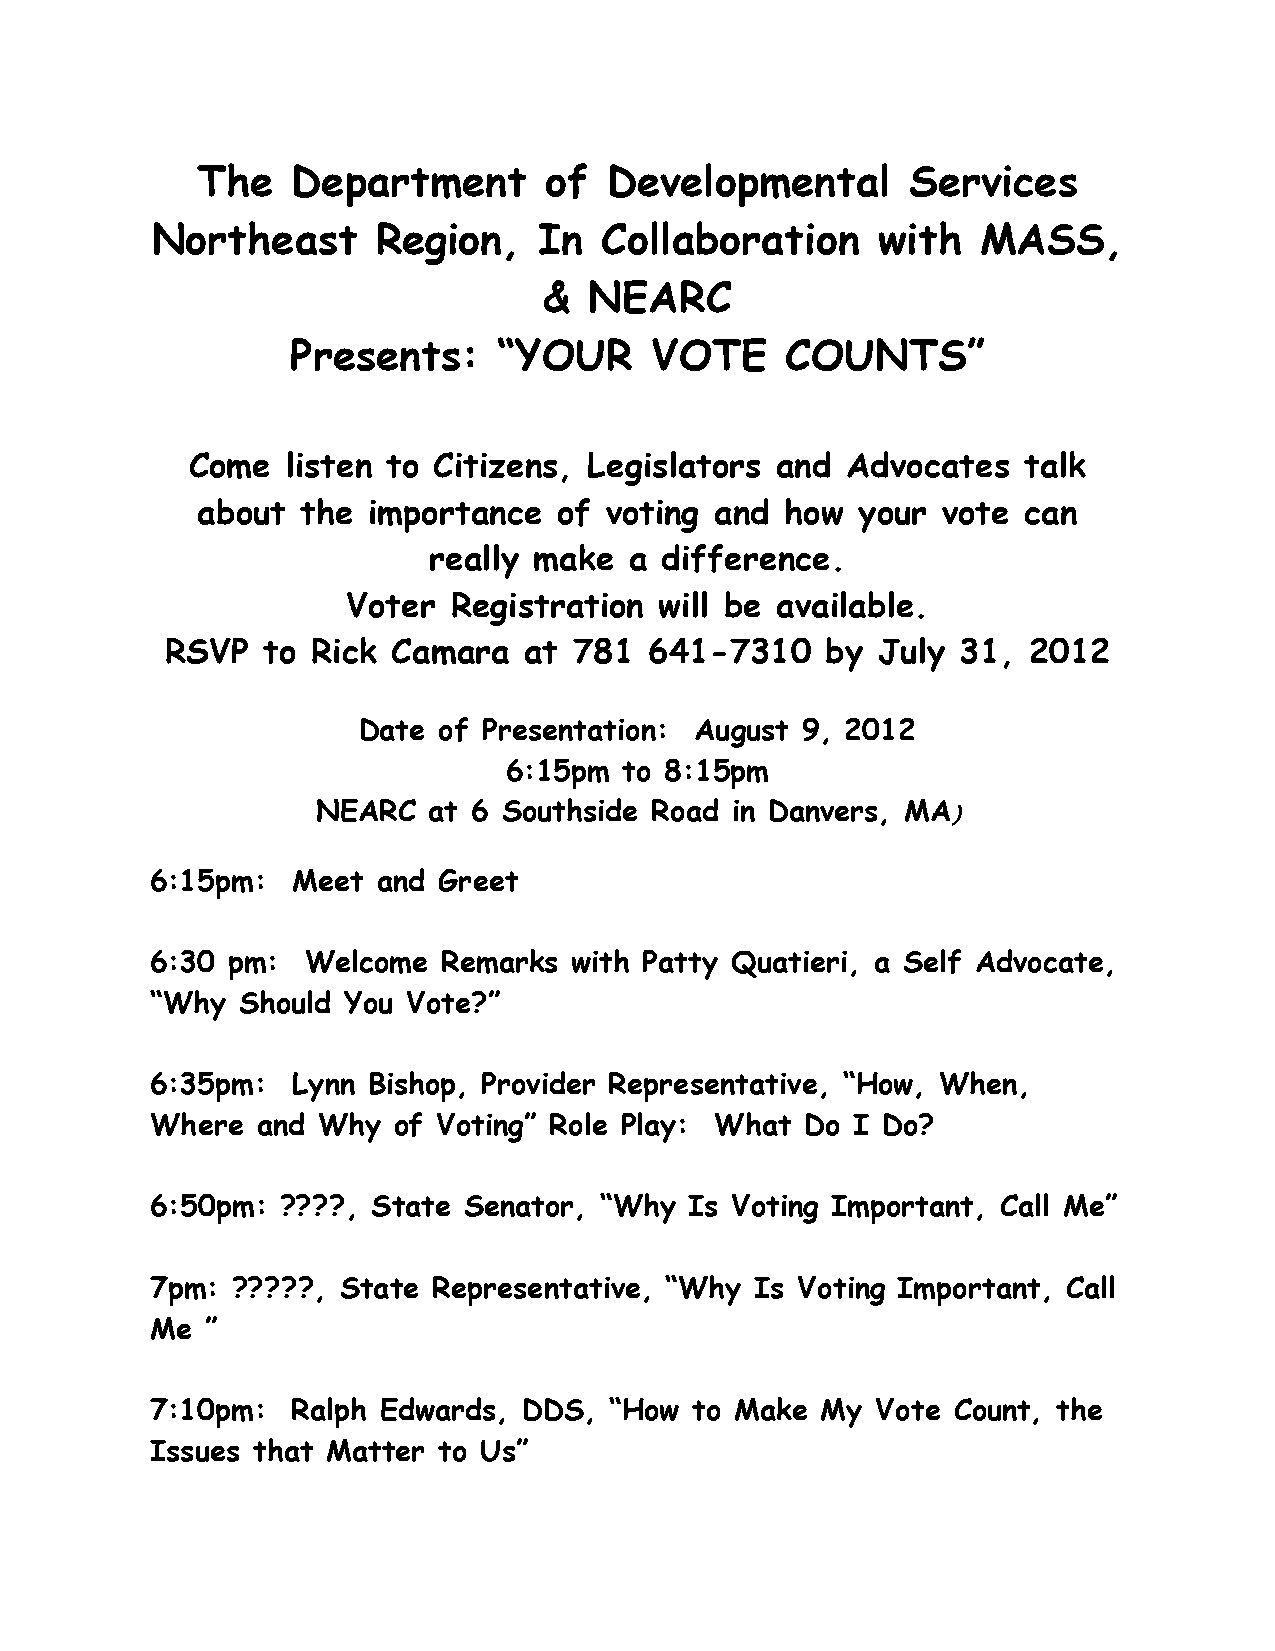
The   Department       of  Developmental       Services
 Northeast      Region,    In  Collaboration     with   MASS,
 &  NEARC
 Presents:     “YOUR     VOTE     COUNTS”
 Come   listen to Citizens, Legislators and  Advocates   talk
 about  the importance   of voting and  how  your vote  can
 really make   a difference.
 Voter  Registration  will be available.
 RSVP  to  Rick Camara   at 781  641-7310    by July  31, 2012
 Date of Presentation: August 9, 2012
 6:15pm to 8:15pm
 NEARC  at 6 Southside Road in Danvers, MA)
 6:15pm:  Meet  and Greet
 6:30 pm:  Welcome  Remarks  with Patty Quatieri, a Self Advocate,
 “Why  Should You Vote?”
 6:35pm:  Lynn Bishop, Provider Representative, “How, When,
 Where  and Why  of Voting” Role Play: What Do I Do?
 6:50pm:  ????, State Senator, “Why  Is Voting Important, Call Me”
 7pm: ?????, State  Representative, “Why Is Voting Important, Call
 Me  ”
 7:10pm:  Ralph Edwards,  DDS, “How  to Make My  Vote Count, the
 Issues that Matter to Us”